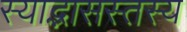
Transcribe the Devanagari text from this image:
स्याद्भासस्तस्य